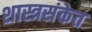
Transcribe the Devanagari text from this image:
शास्त्रसंकेत